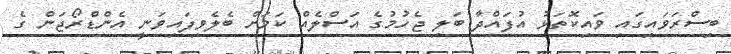
ބިސްރަވައިގައި ވައިކޮތަޅު އުފައްދާ ބަލި ޖެހުމުގެ އަސްލެއް ކަމަށް ބެލެވިފައިވަނީ އެންޑްރޯޖަން ގެ